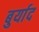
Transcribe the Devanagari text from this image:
बुर्याद